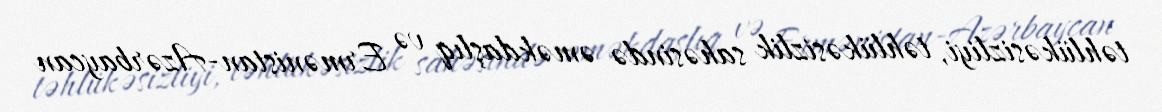
təhlükəsizliyi, təhlükəsizlik sahəsində əməkdaşlıq və Ermənistan-Azərbaycan